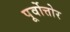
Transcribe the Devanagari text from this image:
पूर्वोत्तोर